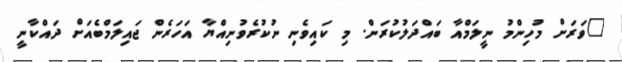
"ވަރަށް މުހިންމު ނީލަމްއާ ބައްދަލުކުރަން. މި ކައިވެނި ނުކުރެވުނިއްޔާ އަހަރެން ޖައިލަމްބެއަށް ދައްކާނީ